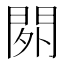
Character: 𨳿